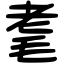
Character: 耄